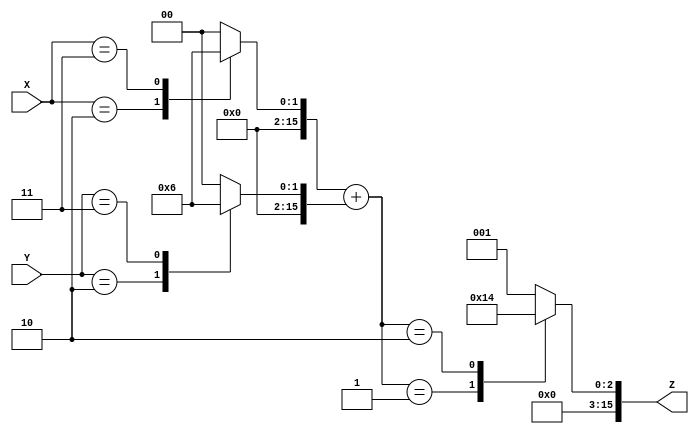
module LogarithmicAnalogMultiplier (
    input wire [15:0] X, // Input signal X
    input wire [15:0] Y, // Input signal Y
    output wire [15:0] Z // Output signal Z (result of X * Y)
);

// Internal signals for logarithmic and exponential operations
wire signed [15:0] logX;
wire signed [15:0] logY;
wire signed [15:0] logSum;

// Function to calculate logarithm (approximate using look-up table or similar)
function signed [15:0] log_function(input [15:0] value);
    // Logarithmic approximation (example)
    case (value)
        16'd1: log_function = 16'd0; // log(1) = 0
        16'd2: log_function = 16'd1; // log(2) = 1
        16'd3: log_function = 16'd2; // log(3) = 2
        // Continue for other values...
        default: log_function = 16'd0; // Default case
    endcase
endfunction

// Function to calculate exponential (approximate using look-up table or similar)
function signed [15:0] exp_function(input signed [15:0] value);
    // Exponential approximation (example)
    case (value)
        16'd0: exp_function = 16'd1; // exp(0) = 1
        16'd1: exp_function = 16'd2; // exp(1) = 2
        16'd2: exp_function = 16'd4; // exp(2) = 4
        // Continue for other values...
        default: exp_function = 16'd1; // Default case
    endcase
endfunction

// Logarithmic conversions
assign logX = log_function(X);
assign logY = log_function(Y);

// Summation of logarithmic outputs
assign logSum = logX + logY;

// Exponential conversion of the summed output
assign Z = exp_function(logSum);

endmodule